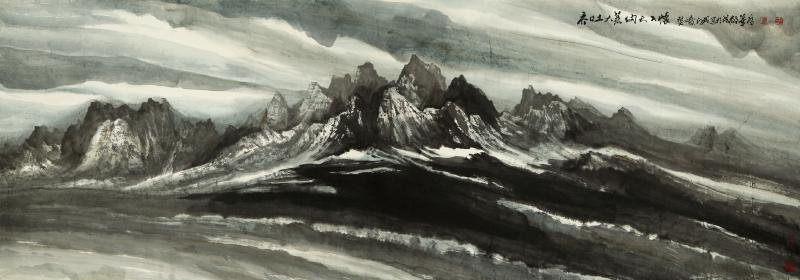
古戍苍苍烽火寒，大荒沈沈飞雪白。